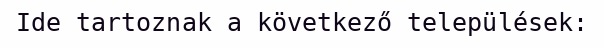
Ide tartoznak a következő települések: